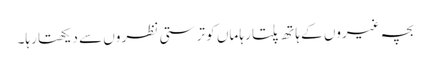
بچہ غیروں کے ہا تھ پلتا رہا ماں کو تر ستی نظر وں سے دیکھتا رہا۔